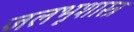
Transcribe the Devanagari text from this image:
जलभूशास्त्र